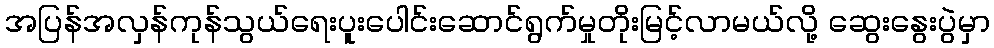
အပြန်အလှန်ကုန်သွယ်ရေးပူးပေါင်းဆောင်ရွက်မှုတိုးမြင့်လာမယ်လို့ ဆွေးနွေးပွဲမှာ